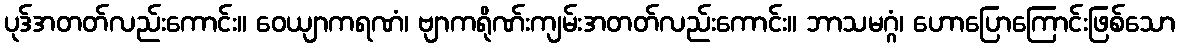
ပုဒ်အတတ်လည်းကောင်း။ ဝေယျာကရဏံ၊ ဗျာကရိုဏ်းကျမ်းအတတ်လည်းကောင်း။ ဘာသမဂ္ဂံ၊ ဟောပြောကြောင်းဖြစ်သော